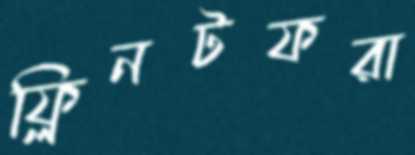
ফ্লিনটফরা